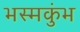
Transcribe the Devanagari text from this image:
भस्मकुंभ